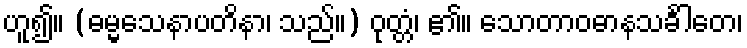
ဟူ၍။ (ဓမ္မသေနာပတိနာ၊ သည်။) ဝုတ္တံ၊ ၏။ သောတာဝဓာနသင်္ခါတေ၊